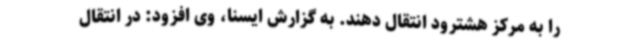
را به مرکز هشترود انتقال دهند. به گزارش ایسنا، وی افزود: در انتقال